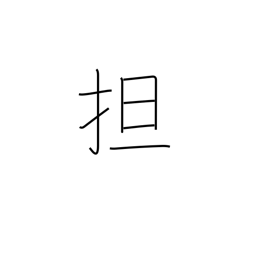
Meaning: raise